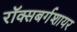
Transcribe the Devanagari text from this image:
रॉक्सबर्गशायर